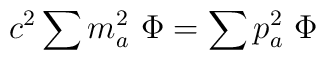
c^2   \sum m_a ^2   \   \Phi  =   \sum p_a ^2  \     \Phi